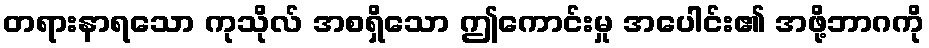
တရားနာရသော ကုသိုလ် အစရှိသော ဤကောင်းမှု အပေါင်း၏ အဖို့ဘာဂကို